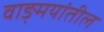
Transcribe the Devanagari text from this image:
वाङ्‍मयांतील